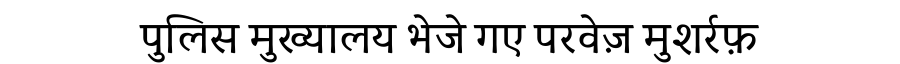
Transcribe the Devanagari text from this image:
पुलिस मुख्यालय भेजे गए परवेज़ मुशर्रफ़